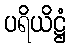
ပရိယိဋ္ဌံ